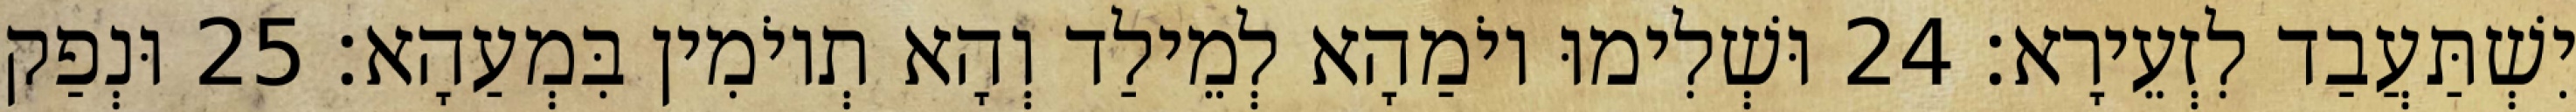
יִשְׁתַּעֲבַד לִזְעֵירָא׃ 24 וּשְׁלִימוּ יוֹמַהָא לְמֵילַד וְהָא תְיוֹמִין בִּמְעַהָא׃ 25 וּנְפַק